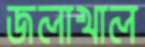
জলাখাল